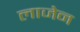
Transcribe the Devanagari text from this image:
लाजेन